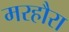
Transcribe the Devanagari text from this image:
मरहौरा